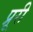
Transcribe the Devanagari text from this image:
प्रूरी